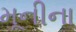
મૂનીના